Mental hospitals Bombay report 1929-33 - 1929-1933
Year: 1929
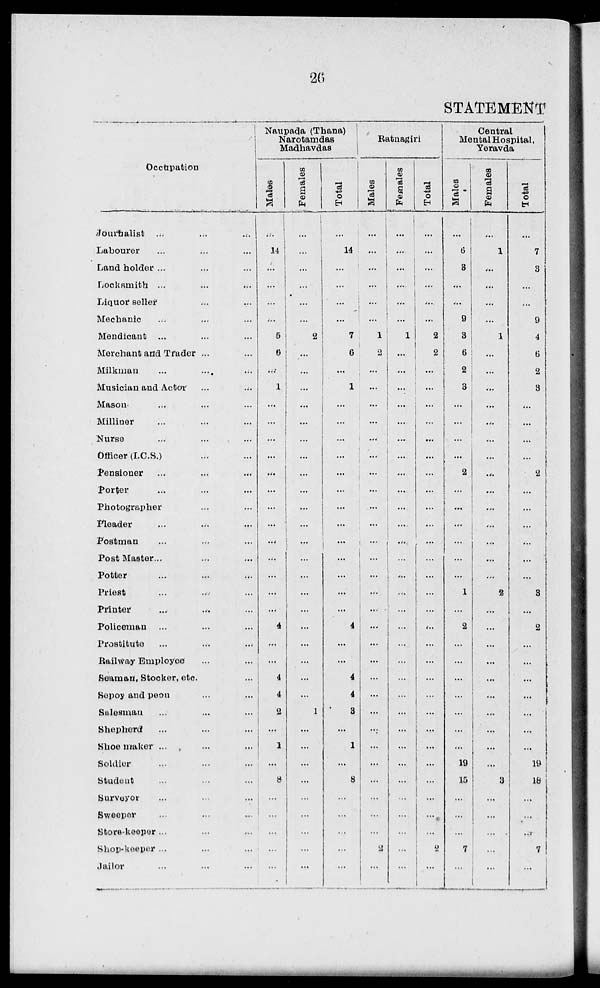
26
STATEMENT
Occupation
Journalist ... ... ...
Labourer ... ... ...
Land holder ... ... ...
Locksmith ... ... ...
Liquor seller ... ...
Mechanic ... ... ...
Mendicant ... ... ...
Merchant and Trader ... ... ...
Milkman ... ... ...
Musician and Actor ... ...
Mason ... ... ...
Milliner ... ... ...
Nurse ... ... ...
Officer (I.C.S.) ... ...
Pensioner ... ... ...
Porter ... ... ...
Photographer ... ...
Pleader ... ... ...
Postman ... ... ...
Post Master ... ... ...
Potter ... ... ...
Priest ... ... ...
Printer ... ... ...
Policeman ... ... ...
Prostitute ... ... ...
Railway Employee ... ...
Seaman, Stocker, etc. ...
Sepoy and peon ... ...
Salesman ... ... ...
Shepherd ... ... ...
Shoe maker ... ... ...
Soldier ... ... ...
Student ... ... ...
Surveyor ... ... ...
Sweeper ... ... ...
Store-keeper ... ... ...
Shop-keeper ... ... ...
Jailor ... ... ...
Naupada (Thana)
Narotamdas
Madhavdas
Males
...
14
...
...
...
...
5
6
...
1
...
...
...
...
...
...
...
...
...
...
...
...
...
4
...
...
4
4
2
...
1
...
8
...
...
...
...
...
Females
...
...
...
...
...
...
2
...
...
...
...
...
...
...
...
...
...
...
...
...
...
...
...
...
...
...
...
...
1
...
...
...
...
...
...
...
...
...
Total
...
14
...
...
...
...
7
6
...
1
...
...
...
...
...
...
...
...
...
...
...
...
...
4
...
...
4
4
3
...
1
...
8
...
...
...
...
...
Ratnagiri
Males
...
...
...
...
...
...
1
2
...
...
...
...
...
...
...
...
...
...
...
...
...
...
...
...
...
...
...
...
...
...
...
...
...
...
...
2
...
Females
...
...
...
...
...
...
1
...
...
...
...
...
...
...
...
...
...
...
...
...
...
...
...
...
...
...
...
...
...
...
...
...
...
...
...
...
...
...
Total
...
...
...
...
...
...
2
2
...
...
...
...
...
...
...
...
...
...
...
...
...
...
...
...
...
...
...
...
...
...
...
...
...
...
...
...
2
...
Central
Mental Hospital,
Yeravda
Males
...
6
3
...
...
9
3
6
2
3
...
...
...
...
2
...
...
...
...
...
...
1
...
2
...
...
...
...
...
...
...
19
15
...
...
...
7
...
Females
...
1
...
...
...
...
1
...
...
...
...
...
...
...
...
...
...
...
...
...
...
2
...
...
...
...
...
...
...
...
...
...
3
...
...
...
...
...
Total
...
7
3
...
...
9
4
6
2
3
...
...
...
...
2
...
...
...
...
...
...
3
...
2
...
...
...
...
...
...
...
19
18
...
...
...
7
...